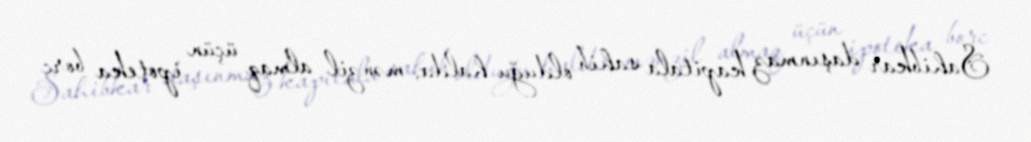
Sahibkar daşınmaz kapitala sahib olduğu halda, mənzil almaq üçün ipoteka borc